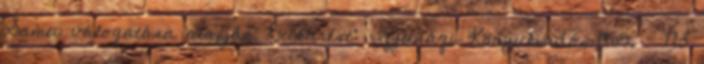
Samu válogatása alapján. Bukarest: Ifjúsági Könyvkiadó, 1955. – 173